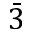
\bar { 3 }